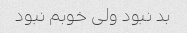
بد نبود ولی خوبم نبود